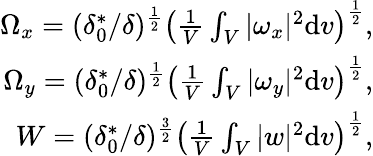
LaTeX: \begin{array}{r}{\Omega_{x}=(\delta_{0}^{*}/\delta)^{\frac{1}{2}}\left(\frac{1}{V}\int_{V}|\omega_{x}|^{2}\mathrm dv\right)^{\frac{1}{2}},}\\ {\Omega_{y}=(\delta_{0}^{*}/\delta)^{\frac{1}{2}}\left(\frac{1}{V}\int_{V}|\omega_{y}|^{2}\mathrm dv\right)^{\frac{1}{2}},}\\ {W=(\delta_{0}^{*}/\delta)^{\frac{3}{2}}\left(\frac{1}{V}\int_{V}|w|^{2}\mathrm dv\right)^{\frac{1}{2}},}\end{array}